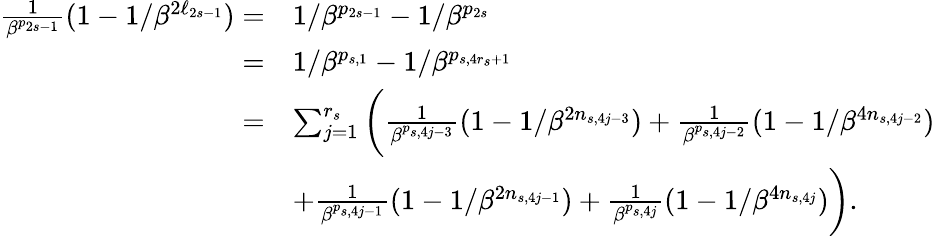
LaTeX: \begin{array}{rl}{\frac 1{\beta^{p_{2s-1}}}(1-1/\beta^{2\ell_{2s-1}})=}&{1/\beta^{p_{2s-1}}-1/\beta^{p_{2s}}}\\ {=}&{1/\beta^{p_{s,1}}-1/\beta^{p_{s,4r_{s}+1}}}\\ {=}&{\sum_{j=1}^{r_{s}}\bigg(\frac 1{\beta^{p_{s,4j-3}}}(1-1/\beta^{2n_{s,4j-3}})+\frac 1{\beta^{p_{s,4j-2}}}(1-1/\beta^{4n_{s,4j-2}})}\\ &{+\frac 1{\beta^{p_{s,4j-1}}}(1-1/\beta^{2n_{s,4j-1}})+\frac 1{\beta^{p_{s,4j}}}(1-1/\beta^{4n_{s,4j}})\bigg).}\end{array}